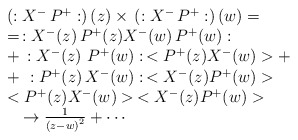
\begin{align*}\begin{array}{l}\left( :X^{-}\,P^{+}:\right) (z)\times \,\left( :X^{-}\,P^{+}:\right) (w)=\\=\,:X^{-}(z)\,P^{+}(z)X^{-}(w)\,P^{+}(w): \\+\,:X^{-}(z)\,\,P^{+}(w):\,<P^{+}(z)X^{-}(w)>+ \\+\,\,:P^{+}(z)\,X^{-}(w):\,<X^{-}(z)P^{+}(w)> \\<P^{+}(z)X^{-}(w)>\,<X^{-}(z)P^{+}(w)> \\\quad \rightarrow \frac 1{\left( z-w\right) ^2}+\cdots\end{array}\end{align*}